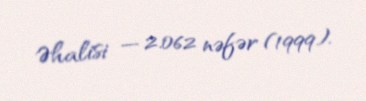
Əhalisi — 2.062 nəfər (1999).